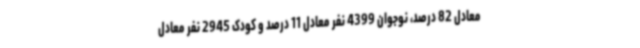
معادل 82 درصد، نوجوان 4399 نفر معادل 11 درصد و کودک 2945 نفر معادل